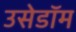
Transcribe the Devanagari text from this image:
उसेडॉम